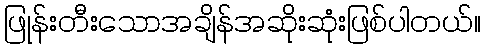
ဖြုန်းတီးသောအချိန်အဆိုးဆုံးဖြစ်ပါတယ်။